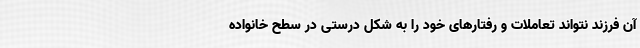
آن فرزند نتواند تعاملات و رفتارهای خود را به شکل درستی در سطح خانواده